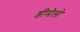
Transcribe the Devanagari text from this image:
डीमेलो